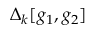
\Delta _ { k } [ g _ { 1 } , g _ { 2 } ]